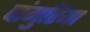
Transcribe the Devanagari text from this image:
पांगुरिया